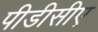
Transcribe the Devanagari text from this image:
पीडीसीए